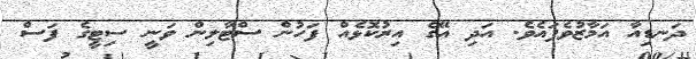
ދަނޑިއާ އަމާޒުވެފައެވެ. އަދި އޭގެ އިރުކޮޅެއް ފަހުން ސްޓާލިން ވަނީ ސިޓީގެ ފަސް